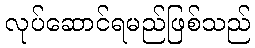
လုပ်ဆောင်ရမည်ဖြစ်သည်